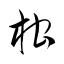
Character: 柑